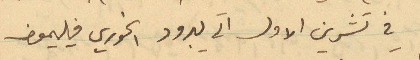
في تشرين الأول الى يبرود الخوري فيليمون